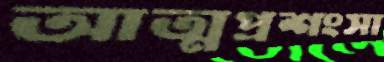
আত্মপ্রশংসা